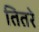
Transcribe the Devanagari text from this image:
तितरे